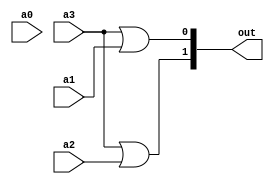
module enc_4to2 (
    input wire a0,
    input wire a1,
    input wire a2,
    input wire a3,
    output wire [1:0] out
);

    assign out[1] = a3 | a2;
    assign out[0] = a3 | a1;

endmodule //enc_4to2